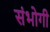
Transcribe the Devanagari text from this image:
संभोगी